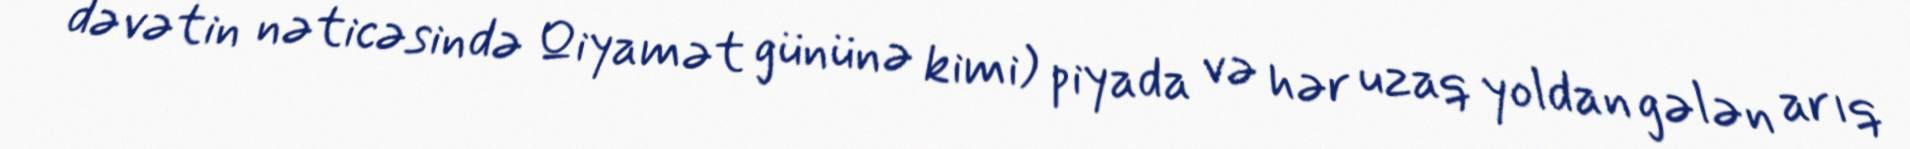
dəvətin nəticəsində Qiyamət gününə kimi) piyada və hər uzaq yoldan gələn arıq